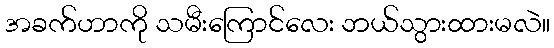
အခက်ဟာကို သမီးကြောင်လေး ဘယ်သွားထားမလဲ။